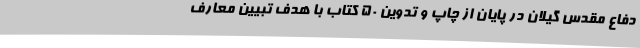
دفاع مقدس گیلان در پایان از چاپ و تدوین 50 کتاب با هدف تبیین معارف